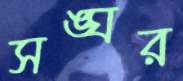
সঙ্ঘর